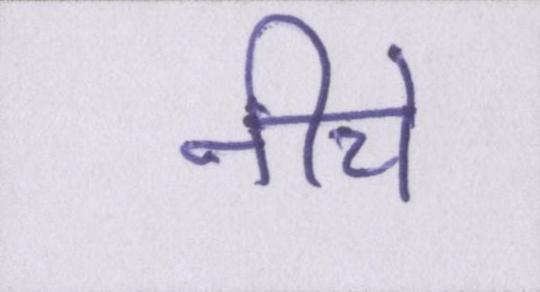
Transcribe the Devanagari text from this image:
नीचे